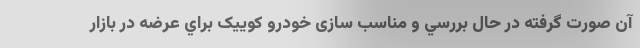
آن صورت گرفته در حال بررسي و مناسب سازی خودرو کوییک براي عرضه در بازار